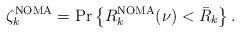
LaTeX: \begin{align*}\zeta_k^{\rm NOMA}=\Pr\left\{R_k^{\rm NOMA}(\nu)<\bar R_k\right\}. \end{align*}